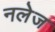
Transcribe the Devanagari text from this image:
नलेज